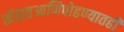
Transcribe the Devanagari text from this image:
खेळतआणिपोहण्यातही